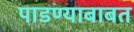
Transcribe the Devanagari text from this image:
पाडण्याबाबत